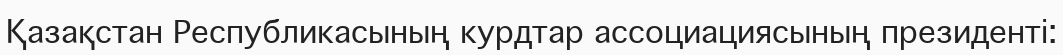
Қазақстан Республикасының курдтар ассоциациясының президенті: